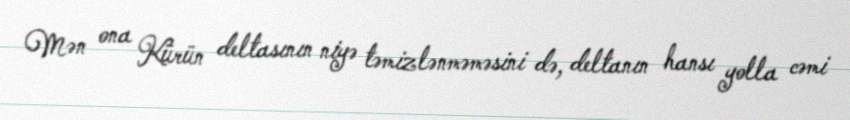
Mən ona Kürün deltasının niyə təmizlənməməsini də, deltanın hansı yolla cəmi